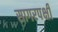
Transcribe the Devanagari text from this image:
सागरपक्षी